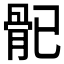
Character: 𩨕